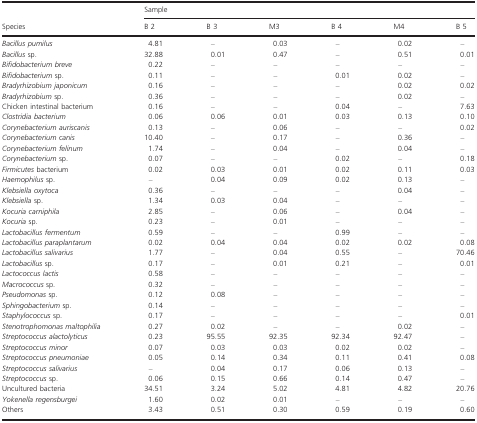
<table><thead><tr><td rowspan="2"><b>Species</b></td><td colspan="6"><b>Sample</b></td></tr><tr><td><b>B 2</b></td><td><b>B 3</b></td><td><b>M3</b></td><td><b>B 4</b></td><td><b>M4</b></td><td><b>B 5</b></td></tr></thead><tbody><tr><td><i>Bacillus pumilus</i></td><td>4.81</td><td>–</td><td>0.03</td><td>–</td><td>0.02</td><td>–</td></tr><tr><td><i>Bacillus</i> sp.</td><td>32.88</td><td>0.01</td><td>0.47</td><td>–</td><td>0.51</td><td>0.01</td></tr><tr><td><i>Bifidobacterium breve</i></td><td>0.22</td><td>–</td><td>–</td><td>–</td><td>–</td><td>–</td></tr><tr><td><i>Bifidobacterium</i> sp.</td><td>0.11</td><td>–</td><td>–</td><td>0.01</td><td>0.02</td><td>–</td></tr><tr><td><i>Bradyrhizobium japonicum</i></td><td>0.16</td><td>–</td><td>–</td><td>–</td><td>0.02</td><td>0.02</td></tr><tr><td><i>Bradyrhizobium</i> sp.</td><td>0.36</td><td>–</td><td>–</td><td>–</td><td>0.02</td><td>–</td></tr><tr><td>Chicken intestinal bacterium</td><td>0.16</td><td>–</td><td>–</td><td>0.04</td><td>–</td><td>7.63</td></tr><tr><td><i>Clostridia bacterium</i></td><td>0.06</td><td>0.06</td><td>0.01</td><td>0.03</td><td>0.13</td><td>0.10</td></tr><tr><td><i>Corynebacterium auriscanis</i></td><td>0.13</td><td>–</td><td>0.06</td><td>–</td><td>–</td><td>0.02</td></tr><tr><td><i>Corynebacterium canis</i></td><td>10.40</td><td>–</td><td>0.17</td><td>–</td><td>0.36</td><td>–</td></tr><tr><td><i>Corynebacterium felinum</i></td><td>1.74</td><td>–</td><td>0.04</td><td>–</td><td>0.04</td><td>–</td></tr><tr><td><i>Corynebacterium</i> sp.</td><td>0.07</td><td>–</td><td>–</td><td>0.02</td><td>–</td><td>0.18</td></tr><tr><td><i>Firmicutes</i> bacterium</td><td>0.02</td><td>0.03</td><td>0.01</td><td>0.02</td><td>0.11</td><td>0.03</td></tr><tr><td><i>Haemophilus</i> sp.</td><td>–</td><td>0.04</td><td>0.09</td><td>0.02</td><td>0.13</td><td>–</td></tr><tr><td><i>Klebsiella oxytoca</i></td><td>0.36</td><td>–</td><td>–</td><td>–</td><td>0.04</td><td>–</td></tr><tr><td><i>Klebsiella</i> sp.</td><td>1.34</td><td>0.03</td><td>0.04</td><td>–</td><td>–</td><td>–</td></tr><tr><td><i>Kocuria carniphila</i></td><td>2.85</td><td>–</td><td>0.06</td><td>–</td><td>0.04</td><td>–</td></tr><tr><td><i>Kocuria</i> sp.</td><td>0.23</td><td>–</td><td>0.01</td><td>–</td><td>–</td><td>–</td></tr><tr><td><i>Lactobacillus fermentum</i></td><td>0.59</td><td>–</td><td>–</td><td>0.99</td><td>–</td><td>–</td></tr><tr><td><i>Lactobacillus paraplantarum</i></td><td>0.02</td><td>0.04</td><td>0.04</td><td>0.02</td><td>0.02</td><td>0.08</td></tr><tr><td><i>Lactobacillus salivarius</i></td><td>1.77</td><td>–</td><td>0.04</td><td>0.55</td><td>–</td><td>70.46</td></tr><tr><td><i>Lactobacillus</i> sp.</td><td>0.17</td><td>–</td><td>0.01</td><td>0.21</td><td>–</td><td>0.01</td></tr><tr><td><i>Lactococcus lactis</i></td><td>0.58</td><td>–</td><td>–</td><td>–</td><td>–</td><td>–</td></tr><tr><td><i>Macrococcus</i> sp.</td><td>0.32</td><td>–</td><td>–</td><td>–</td><td>–</td><td>–</td></tr><tr><td><i>Pseudomonas</i> sp.</td><td>0.12</td><td>0.08</td><td>–</td><td>–</td><td>–</td><td>–</td></tr><tr><td><i>Sphingobacterium</i> sp.</td><td>0.14</td><td>–</td><td>–</td><td>–</td><td>–</td><td>–</td></tr><tr><td><i>Staphylococcus</i> sp.</td><td>0.17</td><td>–</td><td>–</td><td>–</td><td>–</td><td>0.01</td></tr><tr><td><i>Stenotrophomonas maltophilia</i></td><td>0.27</td><td>0.02</td><td>–</td><td>–</td><td>0.02</td><td>–</td></tr><tr><td><i>Streptococcus alactolyticus</i></td><td>0.23</td><td>95.55</td><td>92.35</td><td>92.34</td><td>92.47</td><td>–</td></tr><tr><td><i>Streptococcus minor</i></td><td>0.07</td><td>0.03</td><td>0.03</td><td>0.02</td><td>0.02</td><td>–</td></tr><tr><td><i>Streptococcus pneumoniae</i></td><td>0.05</td><td>0.14</td><td>0.34</td><td>0.11</td><td>0.41</td><td>0.08</td></tr><tr><td><i>Streptococcus salivarius</i></td><td>–</td><td>0.04</td><td>0.17</td><td>0.06</td><td>0.13</td><td>–</td></tr><tr><td><i>Streptococcus</i> sp.</td><td>0.06</td><td>0.15</td><td>0.66</td><td>0.14</td><td>0.47</td><td>–</td></tr><tr><td>Uncultured bacteria</td><td>34.51</td><td>3.24</td><td>5.02</td><td>4.81</td><td>4.82</td><td>20.76</td></tr><tr><td><i>Yokenella regensburgei</i></td><td>1.60</td><td>0.02</td><td>0.01</td><td>–</td><td>–</td><td>–</td></tr><tr><td>Others</td><td>3.43</td><td>0.51</td><td>0.30</td><td>0.59</td><td>0.19</td><td>0.60</td></tr></tbody></table>